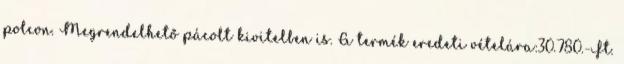
polcon. Megrendelhető pácolt kivitelben is. A termék eredeti vételára:30.780.-Ft.